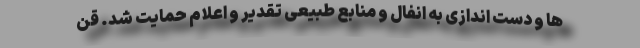
ها و دست اندازی به انفال و منابع طبیعی تقدیر و اعلام حمایت شد. قن